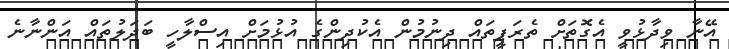
އޭނާ ވިދާޅުވީ އެގޮތަށް ތެރަޕީތައް ދިނުމުން އެކުދިންގެ އުޅުމަށް އިސްލާހީ ބަދަލުތައް އަންނާނެ